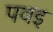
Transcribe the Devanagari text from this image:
पवइ